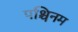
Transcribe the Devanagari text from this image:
पश्चिनम